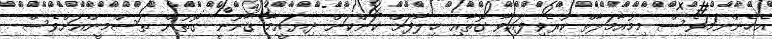
އެހެންނަމަވެސް މިމުއާމަލާތް ކުރެވިފައިވާ ގޮތާއި ޚިލާފަށް ކަންކަން ދިޔައީމާ ޤާނޫނީ ގޮތުން ތަސްމީންއަށްވެސް